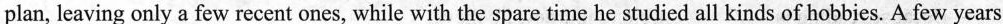
plan, leaving only a few recent ones, while with the spare time he studied all kinds of hobbies.Afew years